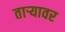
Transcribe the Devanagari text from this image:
ताऱ्यावर